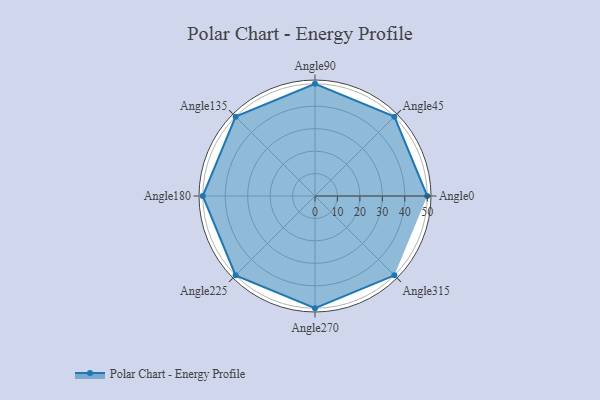
{"axis": {"x": "Angle", "y": "Radius"}, "legend": [""], "data": [{"x": "Angle0", "y": 50, "type": ""}, {"x": "Angle45", "y": 50, "type": ""}, {"x": "Angle90", "y": 50, "type": ""}, {"x": "Angle135", "y": 50, "type": ""}, {"x": "Angle180", "y": 50, "type": ""}, {"x": "Angle225", "y": 50, "type": ""}, {"x": "Angle270", "y": 50, "type": ""}, {"x": "Angle315", "y": 50, "type": ""}]}